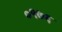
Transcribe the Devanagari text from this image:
०९७६